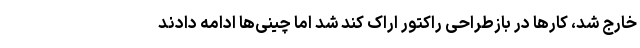
خارج شد، کارها در بازطراحی راکتور اراک کند شد اما چینی‌ها ادامه دادند